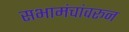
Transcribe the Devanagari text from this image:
सभामंचांवरून